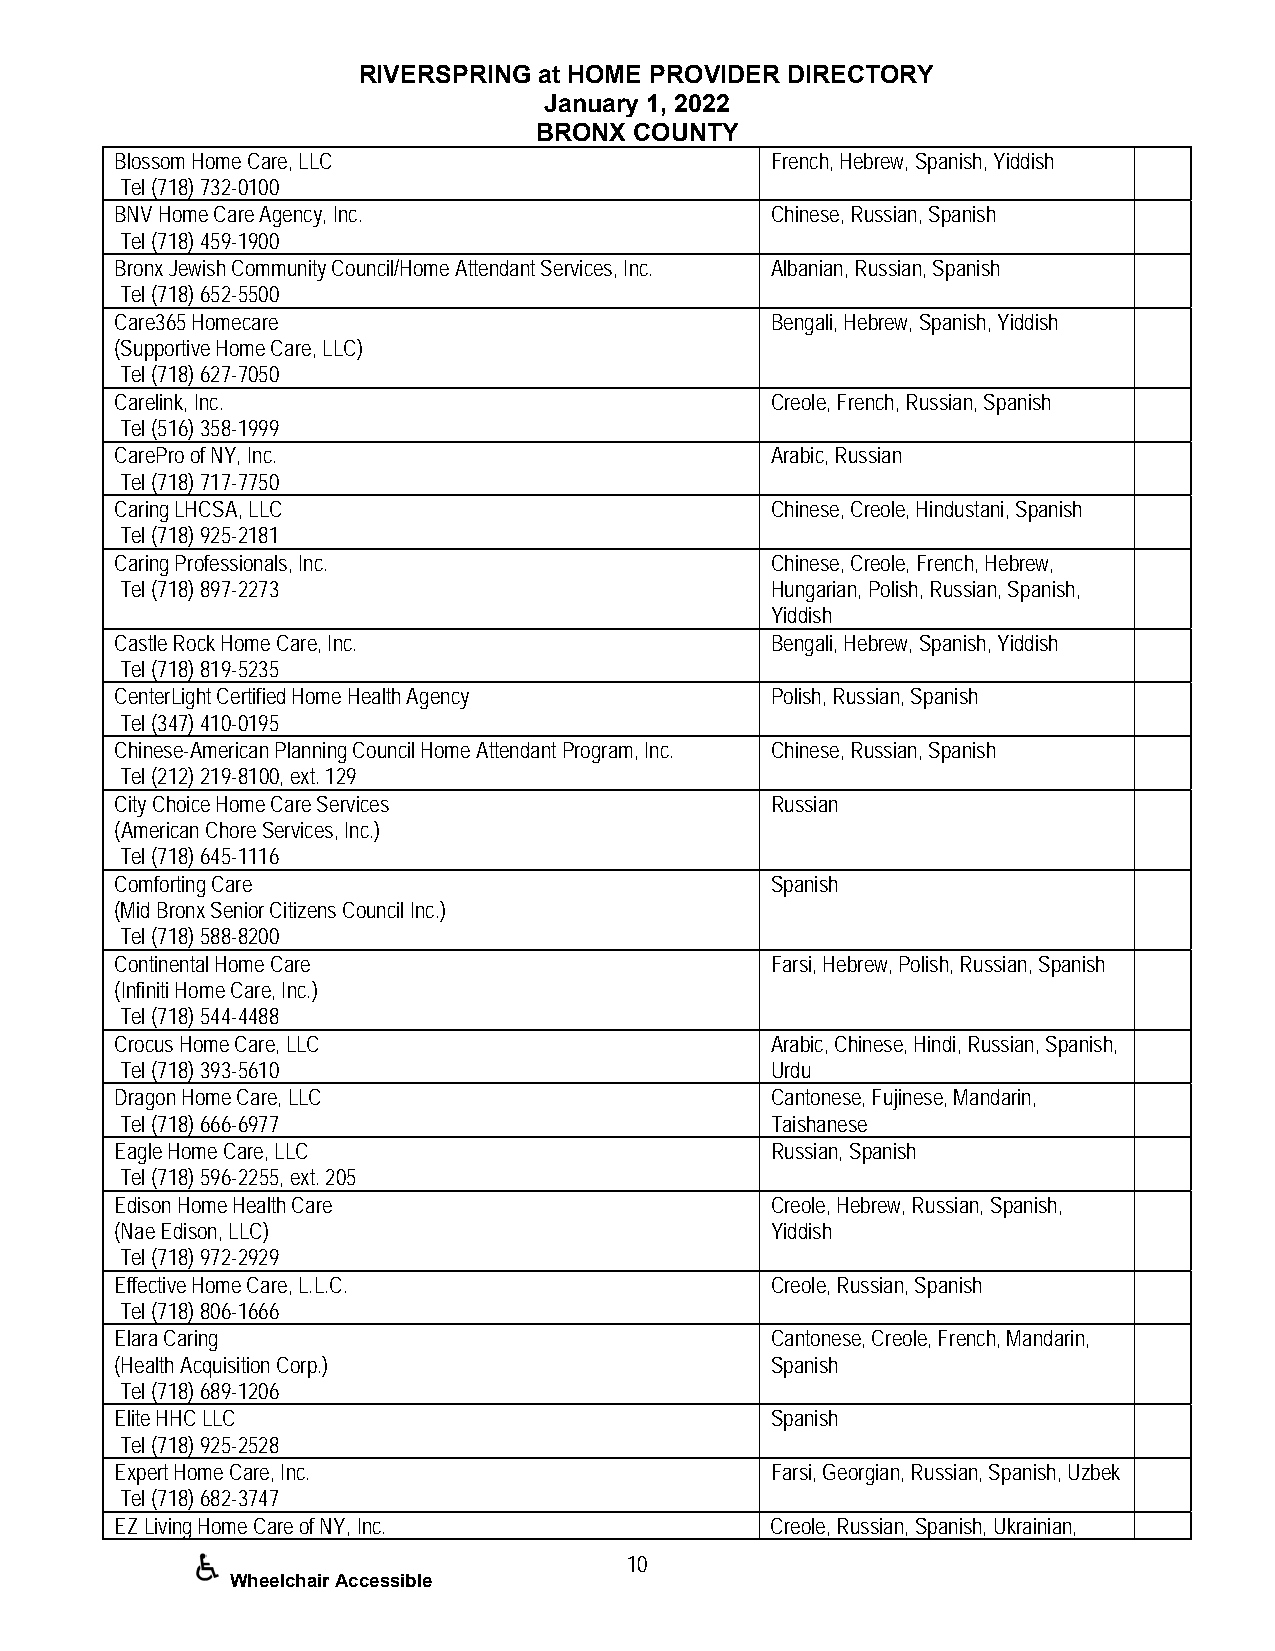
RIVERSPRING at HOME PROVIDER DIRECTORY
 January 1, 2022
 BRONX  COUNTY
 Blossom Home Care, LLC                     French, Hebrew, Spanish, Yiddish
 Tel (718) 732-0100
 BNV Home Care Agency, Inc.                 Chinese, Russian, Spanish
 Tel (718) 459-1900
 Bronx Jewish Community Council/Home Attendant Services, Inc. Albanian, Russian, Spanish
 Tel (718) 652-5500
 Care365 Homecare                           Bengali, Hebrew, Spanish, Yiddish
 (Supportive Home Care, LLC)
 Tel (718) 627-7050
 Carelink, Inc.                             Creole, French, Russian, Spanish
 Tel (516) 358-1999
 CarePro of NY, Inc.                        Arabic, Russian
 Tel (718) 717-7750
 Caring LHCSA, LLC                          Chinese, Creole, Hindustani, Spanish
 Tel (718) 925-2181
 Caring Professionals, Inc.                 Chinese, Creole, French, Hebrew,
 Tel (718) 897-2273                         Hungarian, Polish, Russian, Spanish,
 Yiddish
 Castle Rock Home Care, Inc.                Bengali, Hebrew, Spanish, Yiddish
 Tel (718) 819-5235
 CenterLight Certified Home Health Agency   Polish, Russian, Spanish
 Tel (347) 410-0195
 Chinese-American Planning Council Home Attendant Program, Inc. Chinese, Russian, Spanish
 Tel (212) 219-8100, ext. 129
 City Choice Home Care Services             Russian
 (American Chore Services, Inc.)
 Tel (718) 645-1116
 Comforting Care                            Spanish
 (Mid Bronx Senior Citizens Council Inc.)
 Tel (718) 588-8200
 Continental Home Care                      Farsi, Hebrew, Polish, Russian, Spanish
 (Infiniti Home Care, Inc.)
 Tel (718) 544-4488
 Crocus Home Care, LLC                      Arabic, Chinese, Hindi, Russian, Spanish,
 Tel (718) 393-5610                         Urdu
 Dragon Home Care, LLC                      Cantonese, Fujinese, Mandarin,
 Tel (718) 666-6977                         Taishanese
 Eagle Home Care, LLC                       Russian, Spanish
 Tel (718) 596-2255, ext. 205
 Edison Home Health Care                    Creole, Hebrew, Russian, Spanish,
 (Nae Edison, LLC)                          Yiddish
 Tel (718) 972-2929
 Effective Home Care, L.L.C.                Creole, Russian, Spanish
 Tel (718) 806-1666
 Elara Caring                               Cantonese, Creole, French, Mandarin,
 (Health Acquisition Corp.)                 Spanish
 Tel (718) 689-1206
 Elite HHC LLC                              Spanish
 Tel (718) 925-2528
 Expert Home Care, Inc.                     Farsi, Georgian, Russian, Spanish, Uzbek
 Tel (718) 682-3747
 EZ Living Home Care of NY, Inc.            Creole, Russian, Spanish, Ukrainian,
 10
 Wheelchair Accessible